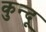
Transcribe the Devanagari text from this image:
कुन्दू